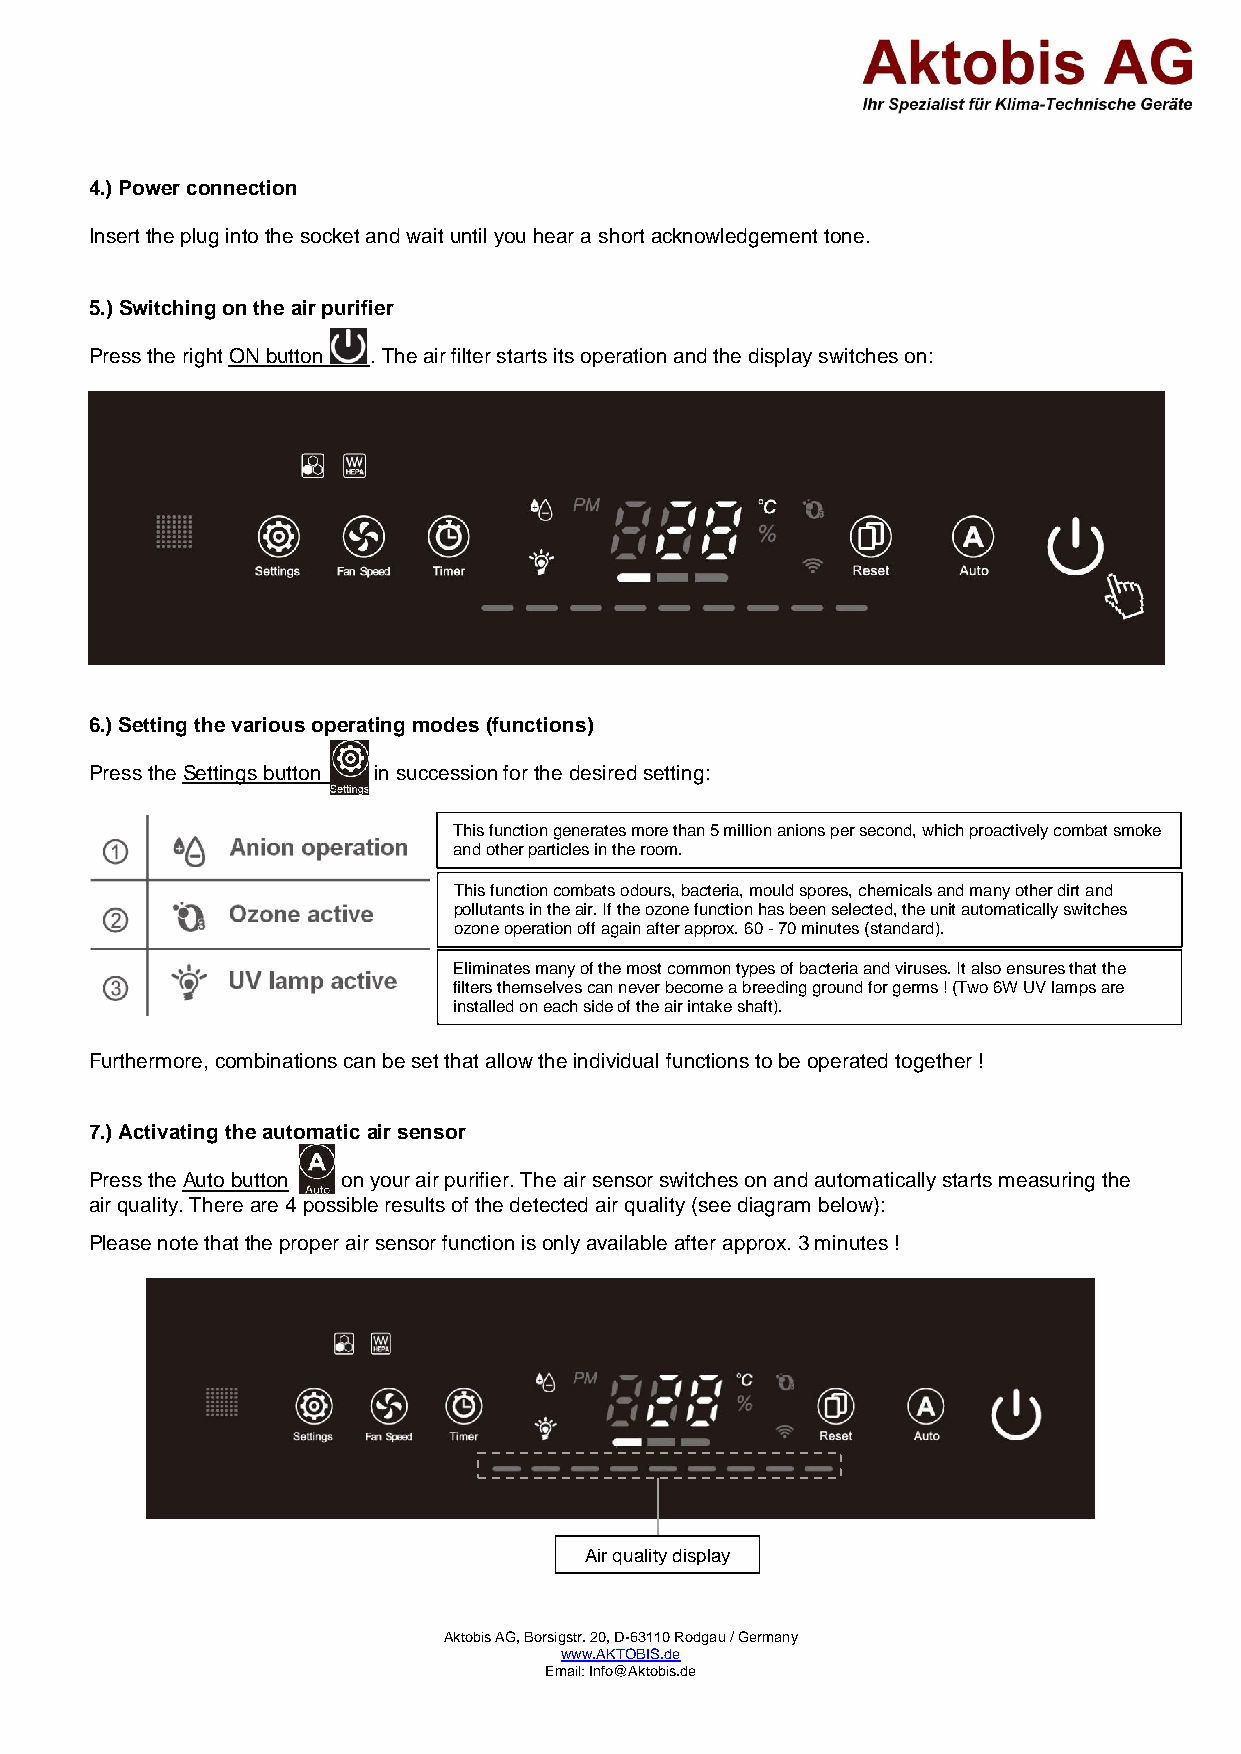
4.) Power connection
 Insert the plug into the socket and wait until you hear a short acknowledgement tone.
 5.) Switching on the air purifier
 Press the right ON button . The air filter starts its operation and the display switches on:
 6.) Setting the various operating modes (functions)
 Press the Settings button in succession for the desired setting:
 This function generates more than 5 million anions per second, which proactively combat smoke
 and other particles in the room.
 This function combats odours, bacteria, mould spores, chemicals and many other dirt and
 pollutants in the air. If the ozone function has be en selected, the unit automatically switches
 ozone operation off again after approx. 60 - 70 minutes (standard).
 Eliminates many of the most common types of bacteria and viruses. It also ensures that the
 filters themselves can never become a breeding ground for germs ! (Two 6W UV lamps are
 installed on each side of the air intake shaft).
 Furthermore, combinations can be set that allow the individual functions to be operated together !
 7.) Activating the automatic air sensor
 Press the Auto button on your air purifier. The air sensor switches on and automatically starts measuring the
 air quality. There are 4 possible results of the detected air quality (see diagram below):
 Please note that the proper air sensor function is only available after approx. 3 minutes !
 Air quality display
 Aktobis AG, Borsigstr. 20, D-63110 Rodgau / Germany
 www.AKTOBIS.de
 Email: Info@Aktobis.de